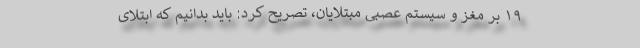
۱۹ بر مغز و سیستم عصبی مبتلایان، تصریح کرد: باید بدانیم که ابتلای